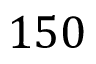
1 5 0